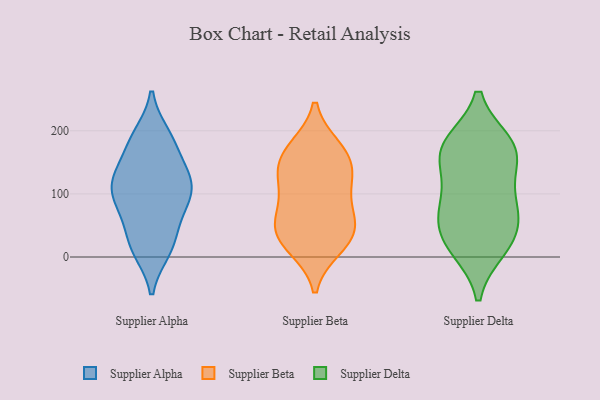
{"axis": {"x": "Customer Acquisition Cost (USD)", "y": "Value"}, "legend": ["Supplier Alpha", "Supplier Beta", "Supplier Delta"], "data": [{"x": "", "y": 89, "type": "Supplier Alpha"}, {"x": "", "y": 108, "type": "Supplier Alpha"}, {"x": "", "y": 11, "type": "Supplier Alpha"}, {"x": "", "y": 23, "type": "Supplier Alpha"}, {"x": "", "y": 118, "type": "Supplier Alpha"}, {"x": "", "y": 183, "type": "Supplier Alpha"}, {"x": "", "y": 14, "type": "Supplier Alpha"}, {"x": "", "y": 73, "type": "Supplier Alpha"}, {"x": "", "y": 141, "type": "Supplier Alpha"}, {"x": "", "y": 125, "type": "Supplier Alpha"}, {"x": "", "y": 182, "type": "Supplier Alpha"}, {"x": "", "y": 56, "type": "Supplier Alpha"}, {"x": "", "y": 124, "type": "Supplier Alpha"}, {"x": "", "y": 192, "type": "Supplier Alpha"}, {"x": "", "y": 97, "type": "Supplier Alpha"}, {"x": "", "y": 47, "type": "Supplier Beta"}, {"x": "", "y": 19, "type": "Supplier Beta"}, {"x": "", "y": 79, "type": "Supplier Beta"}, {"x": "", "y": 32, "type": "Supplier Beta"}, {"x": "", "y": 140, "type": "Supplier Beta"}, {"x": "", "y": 172, "type": "Supplier Beta"}, {"x": "", "y": 102, "type": "Supplier Beta"}, {"x": "", "y": 53, "type": "Supplier Beta"}, {"x": "", "y": 173, "type": "Supplier Beta"}, {"x": "", "y": 160, "type": "Supplier Beta"}, {"x": "", "y": 54, "type": "Supplier Beta"}, {"x": "", "y": 126, "type": "Supplier Beta"}, {"x": "", "y": 128, "type": "Supplier Beta"}, {"x": "", "y": 15, "type": "Supplier Beta"}, {"x": "", "y": 160, "type": "Supplier Delta"}, {"x": "", "y": 20, "type": "Supplier Delta"}, {"x": "", "y": 14, "type": "Supplier Delta"}, {"x": "", "y": 149, "type": "Supplier Delta"}, {"x": "", "y": 29, "type": "Supplier Delta"}, {"x": "", "y": 59, "type": "Supplier Delta"}, {"x": "", "y": 179, "type": "Supplier Delta"}, {"x": "", "y": 176, "type": "Supplier Delta"}, {"x": "", "y": 89, "type": "Supplier Delta"}, {"x": "", "y": 175, "type": "Supplier Delta"}, {"x": "", "y": 67, "type": "Supplier Delta"}, {"x": "", "y": 95, "type": "Supplier Delta"}]}